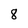
Character: 8